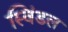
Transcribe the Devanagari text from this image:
स्विंडल